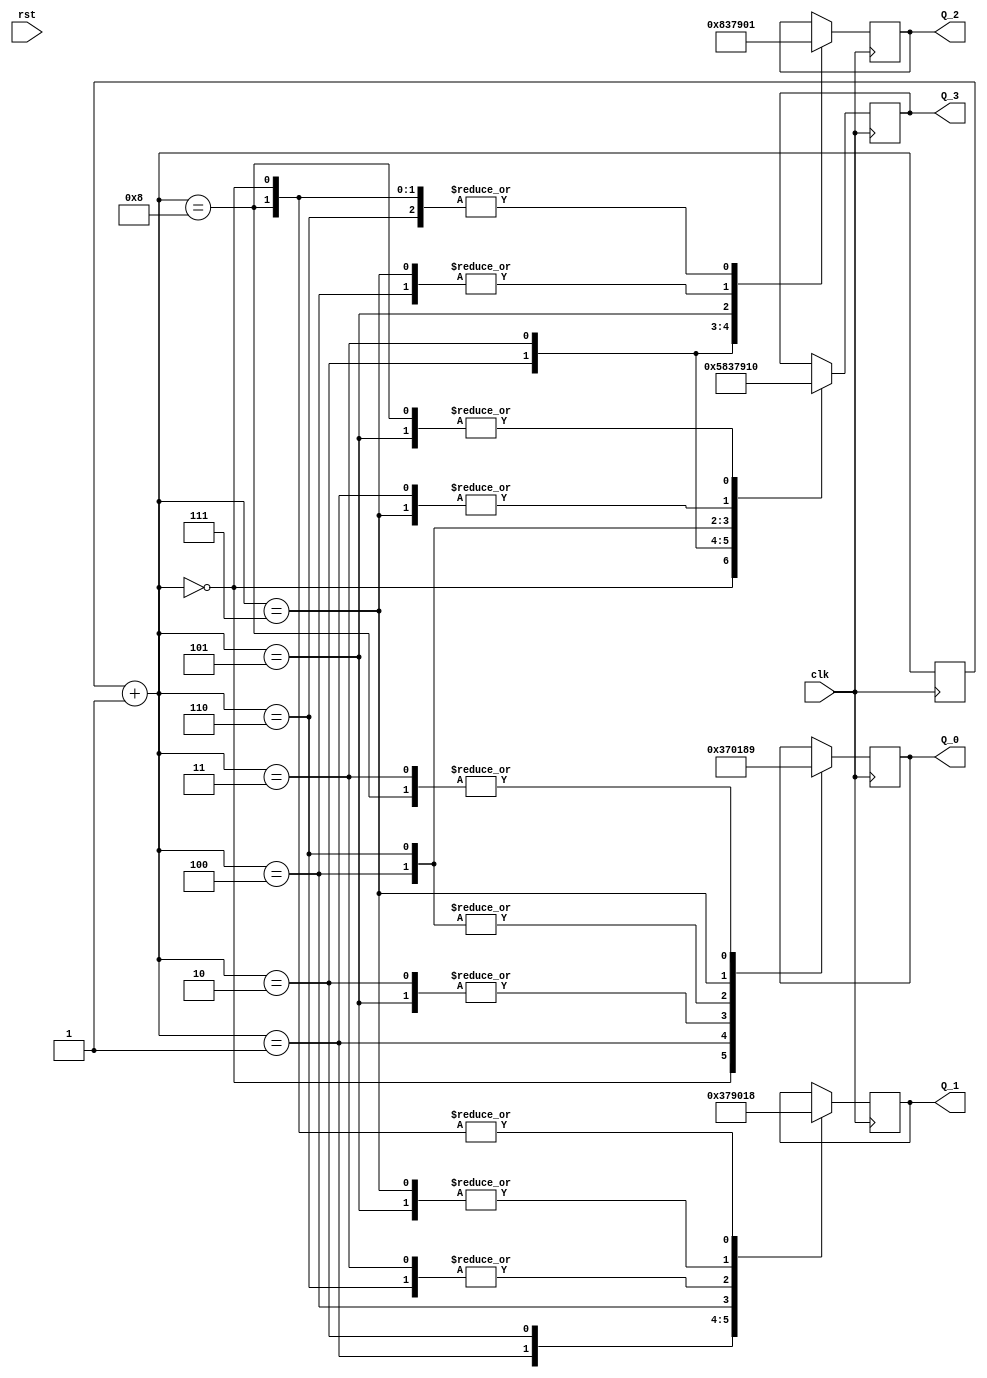
`timescale 1ns / 1ps
//////////////////////////////////////////////////////////////////////////////////
// Company: 
// Engineer: 
// 
// Design Name: 
// Module Name: roll
// Project Name: 
// Target Devices: 
// Tool Versions: 
// Description: 
// 
// Dependencies: 
// 
// Revision:
// Revision 0.01 - File Created
// Additional Comments:
// 
//////////////////////////////////////////////////////////////////////////////////


module roll(clk,rst,Q_0,Q_1,Q_2,Q_3);
input clk,rst;
output [3:0] Q_0;
output [3:0] Q_1;
output [3:0] Q_2;
output [3:0] Q_3;
reg [3:0] Q_0;
reg [3:0] Q_1;
reg [3:0] Q_2;
reg [3:0] Q_3;
reg [3:0] roll;
always@(posedge clk)begin
    roll=roll+1;
    case (roll)
    0:begin Q_3=4'b0101; Q_2=4'b0001; Q_1=4'b1000; Q_0=4'b0011;end
    1:begin Q_3=4'b0001; Q_2=4'b1000; Q_1=4'b0011; Q_0=4'b0111;end
    2:begin Q_3=4'b1000; Q_2=4'b0011; Q_1=4'b0111; Q_0=4'b0000;end
    3:begin Q_3=4'b0011; Q_2=4'b0111; Q_1=4'b0000; Q_0=4'b1001;end
    4:begin Q_3=4'b0111; Q_2=4'b0000; Q_1=4'b1001; Q_0=4'b0001;end
    5:begin Q_3=4'b0000; Q_2=4'b1001; Q_1=4'b0001; Q_0=4'b0000;end
    6:begin Q_3=4'b1001; Q_2=4'b0001; Q_1=4'b0000; Q_0=4'b0001;end
    7:begin Q_3=4'b0001; Q_2=4'b0000; Q_1=4'b0001; Q_0=4'b1000;end
    8:begin Q_3=4'b0000; Q_2=4'b0001; Q_1=4'b1000; Q_0=4'b1001;end
    endcase
end    
endmodule